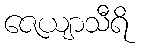
ဇေယျာသီရိ